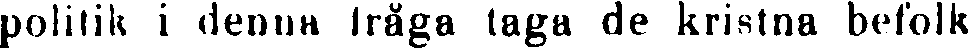
politik i denna fråga taga de kristna befolk